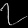
Digit: ၇